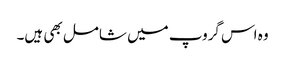
وہ اس گروپ میں شامل بھی ہیں۔